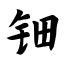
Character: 钿